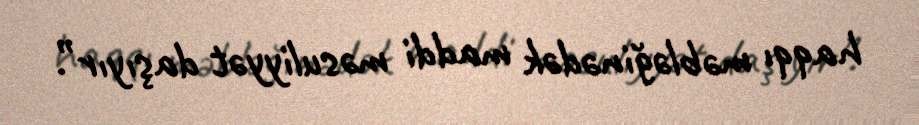
haqqı məbləğinədək maddi məsuliyyət daşıyır”.